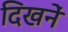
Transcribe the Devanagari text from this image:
दिखनें